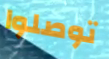
توصلوا